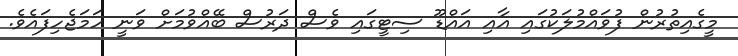
މީގެއިތުރުން ފުވައްމުލަކުގައި އާއި އައްޑޫ ސިޓީގައި ވެސް ދަރުސް ބޭއްވުމަށް ވަނީ ހަމަޖެހިފައެވެ.